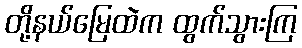
တို့နယ်မြေထဲက ထွက်သွားကြ